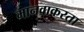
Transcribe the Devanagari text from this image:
मानवाकरता